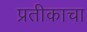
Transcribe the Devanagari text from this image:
प्रतीकाचा